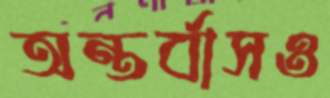
অন্তর্বাসও